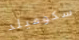
سكوفيلد